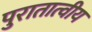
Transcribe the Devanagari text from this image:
पुरातात्वीय